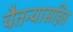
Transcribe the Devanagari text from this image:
चैतन्यासहित